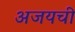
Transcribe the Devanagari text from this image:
अजयची